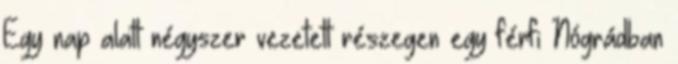
Egy nap alatt négyszer vezetett részegen egy férfi Nógrádban